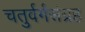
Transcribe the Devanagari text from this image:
चतुर्वर्गसंग्रह